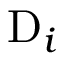
\mathrm { D } _ { i }